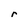
Character: r